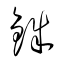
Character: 銖